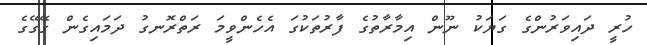
ހުރީ ދައިވަރުންގެ ގަޔަކު ނޫން އިމާރާތުގެ ފާރުތަކުގަ އެހެންވީމަ ރަތްރޮނގު ދަމައިގެން ގޭގޭގެ